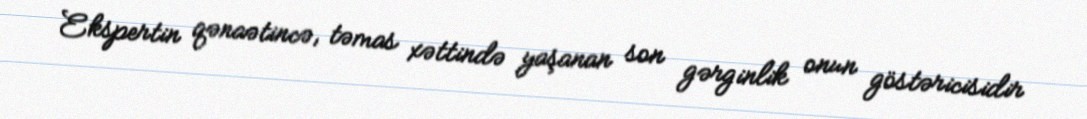
Ekspertin qənaətincə, təmas xəttində yaşanan son gərginlik onun göstəricisidir